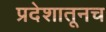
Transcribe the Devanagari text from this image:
प्रदेशातूनच